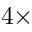
4 \times